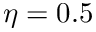
\eta = 0 . 5